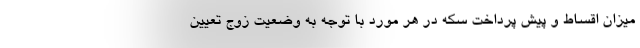
میزان اقساط و پیش پرداخت سکه در هر مورد با توجه به وضعیت زوج تعیین